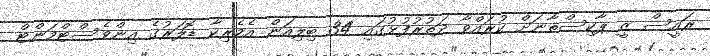
ރައީސް ޒީ ޕާކިސްތާނަށް ކުރައްވާ ދަތުރުފުޅުގައި 34 ބިލިއަން އެމެރިކާ ޑޮލަރުގެ އިންވެސްޓްމަންޓް